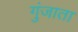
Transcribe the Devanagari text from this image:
गुंजाता